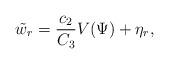
LaTeX: \begin{align*}\tilde{w}_r = \frac{c_2}{C_3} V(\Psi) + \eta_r,\end{align*}